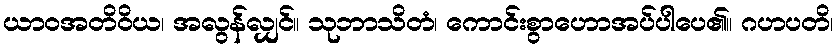
ယာဝအတိဝိယ၊ အလွန်လျှင်။ သုဘာသိတံ၊ ကောင်းစွာဟောအပ်ပါပေ၏။ ဂဟပတိ၊